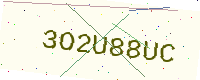
Text: 3O2U88UC